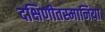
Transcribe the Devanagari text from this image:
दक्षिणीतस्मानिया